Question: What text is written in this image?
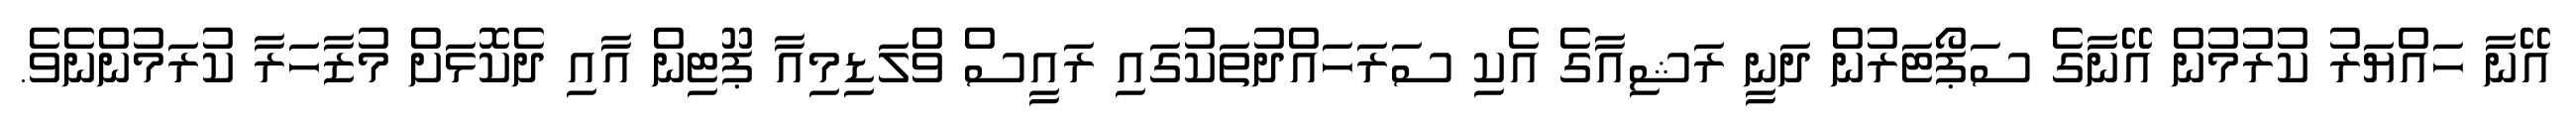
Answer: އޭނާ ހައްޔަރު ކުރުމުން އޭނާގެ ސަޕޯޓަރުން ދަނީ ރަޝިއާގެ އެކި ސަރަހައްދުތަކުގައި ރައީސް ވްލަޑިމިއާ ޕޫޓިން އާއި ދެކޮޅަށް މުޒާހަރާ ކުރަމުންނެވެ.